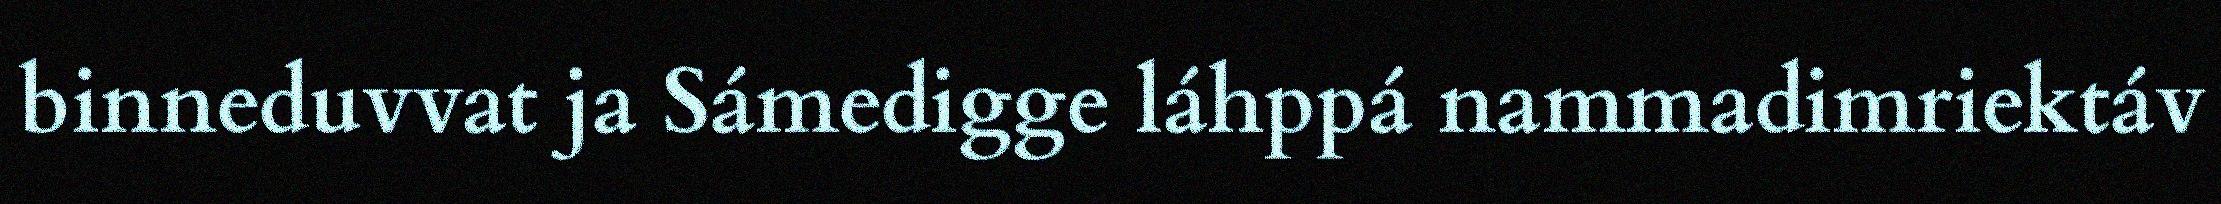
binneduvvat ja Sámedigge láhppá nammadimriektáv